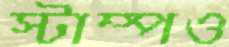
স্টাম্পও